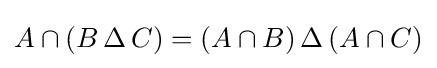
A\cap (B\,\Delta \,C)=(A\cap B)\,\Delta \,(A\cap C)